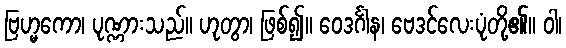
ဗြဟ္မကော၊ ပုဏ္ဏားသည်။ ဟုတွာ၊ ဖြစ်၍။ ဝေဒင်္ဂါန၊ ဗေဒင်လေးပုံတို့၏။ ဝါ၊